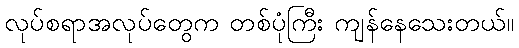
လုပ်စရာအလုပ်တွေက တစ်ပုံကြီး ကျန်နေသေးတယ်။